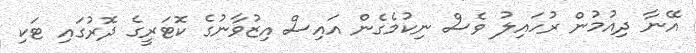
އޭނާ ދިއުމުން ރުހައިލު ވެސް ނިކުމެގެން އައިސް އިޒުވާނުގެ ކޮޓަރީގެ ދޮރުގައި ޓަކި